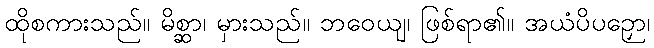
ထိုစကားသည်။ မိစ္ဆာ၊ မှားသည်။ ဘဝေယျ၊ ဖြစ်ရာ၏။ အယံပိပဉှော၊